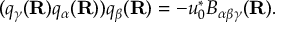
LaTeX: ( q _ { \gamma } ( { \bf R } ) q _ { \alpha } ( { \bf R } ) ) q _ { \beta } ( { \bf R } ) = - u _ { 0 } ^ { * } B _ { \alpha \beta \gamma } ( { \bf R } ) .